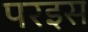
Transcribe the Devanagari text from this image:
परइस